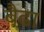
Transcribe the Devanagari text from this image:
बैढा